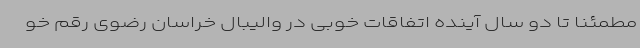
مطمئنا تا دو سال آینده اتفاقات خوبی در والیبال خراسان رضوی رقم خو